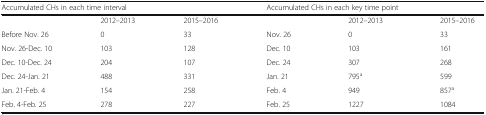
<table><thead><tr><td colspan="3"><b>Accumulated CHs in each time interval</b></td><td colspan="3"><b>Accumulated CHs in each key time point</b></td></tr></thead><tbody><tr><td></td><td>2012–2013</td><td>2015–2016</td><td></td><td>2012–2013</td><td>2015–2016</td></tr><tr><td>Before Nov. 26</td><td>0</td><td>33</td><td>Nov. 26</td><td>0</td><td>33</td></tr><tr><td>Nov. 26-Dec. 10</td><td>103</td><td>128</td><td>Dec. 10</td><td>103</td><td>161</td></tr><tr><td>Dec. 10-Dec. 24</td><td>204</td><td>107</td><td>Dec. 24</td><td>307</td><td>268</td></tr><tr><td>Dec. 24-Jan. 21</td><td>488</td><td>331</td><td>Jan. 21</td><td>795<sup>a</sup></td><td>599</td></tr><tr><td>Jan. 21-Feb. 4</td><td>154</td><td>258</td><td>Feb. 4</td><td>949</td><td>857<sup>a</sup></td></tr><tr><td>Feb. 4-Feb. 25</td><td>278</td><td>227</td><td>Feb. 25</td><td>1227</td><td>1084</td></tr></tbody></table>